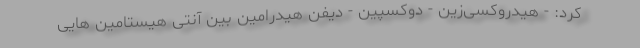
کرد: - هیدروکسی‌زین - دوکسپین - دیفن هیدرامین بین آنتی هیستامین هایی